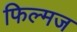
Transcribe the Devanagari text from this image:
फिल्मज